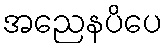
အညေနပိပေ